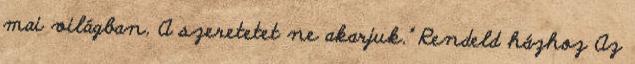
mai világban. A szeretetet ne akarjuk.” Rendeld házhoz Az